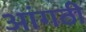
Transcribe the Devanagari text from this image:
आंगठी